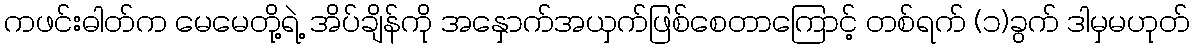
ကဖင်းဓါတ်က မေမေတို့ရဲ့ အိပ်ချိန်ကို အနှောက်အယှက်ဖြစ်စေတာကြောင့် တစ်ရက် (၁)ခွက် ဒါမှမဟုတ်